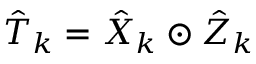
\hat { T } _ { k } = \hat { X } _ { k } \odot \hat { Z } _ { k }